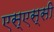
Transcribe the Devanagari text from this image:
एस्‌एस्‌सी